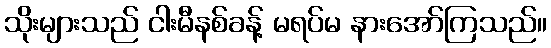
သိုးများသည် ငါးမီနစ်ခန့် မရပ်မ နားအော်ကြသည်။